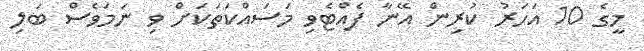
މީގެ 10 އަހަރު ކުރިން އޭނާ ފެއްޓެވި މަސައްކަތަކަށް ވި ނަމަވެސް ބަލި